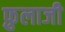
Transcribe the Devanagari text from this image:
फ़ुलाजी